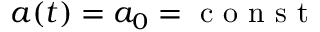
a ( t ) = a _ { 0 } = \mathrm { ~ c ~ o ~ n ~ s ~ t ~ }